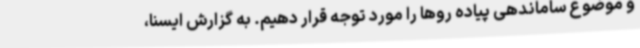
و موضوع ساماندهی پیاده روها را مورد توجه قرار دهیم. به گزارش ایسنا،